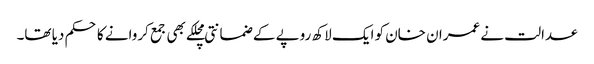
عدالت نے عمران خان کو ایک لاکھ روپے کے ضمانتی مچلکے بھی جمع کروانے کا حکم دیا تھا۔